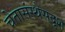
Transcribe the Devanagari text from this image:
चेतासंस्थेसदृश